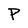
Character: P